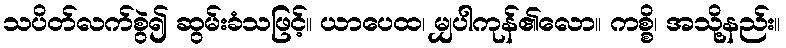
သပိတ်လက်စွဲ၍ ဆွမ်းခံသဖြင့်။ ယာပေထ၊ မျှပါကုန်၏လော။ ကစ္စိ၊ အသို့နည်း။